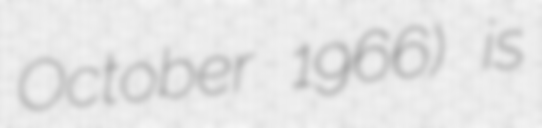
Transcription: October 1966) is